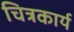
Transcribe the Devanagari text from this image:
चित्रकार्य